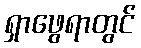
ရှာဖွေရာတွင်